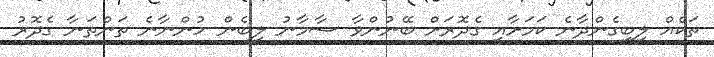
ތަކެއް ލިބިގެންދާނެ ކަމަށާއި ގެދޮރަށް ބޭނުންވާ ސާމާނު ލިބެން ހުންނާނެ ތަންތަނާ ގެދޮރު